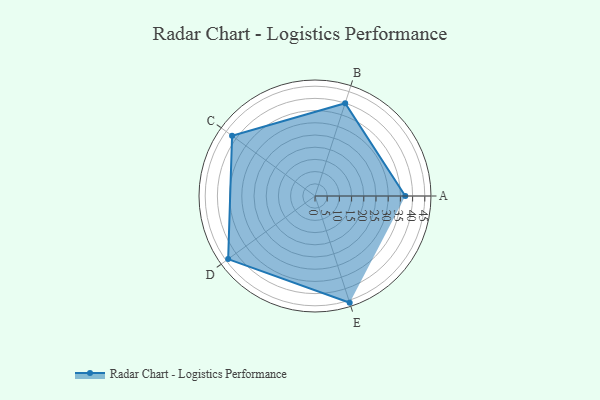
{"axis": {"x": "Skill", "y": "Score"}, "legend": ["Profile"], "data": [{"x": "A", "y": 37.0, "type": "Profile"}, {"x": "B", "y": 40.0, "type": "Profile"}, {"x": "C", "y": 42.0, "type": "Profile"}, {"x": "D", "y": 44.0, "type": "Profile"}, {"x": "E", "y": 46.0, "type": "Profile"}]}